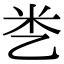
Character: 㐘